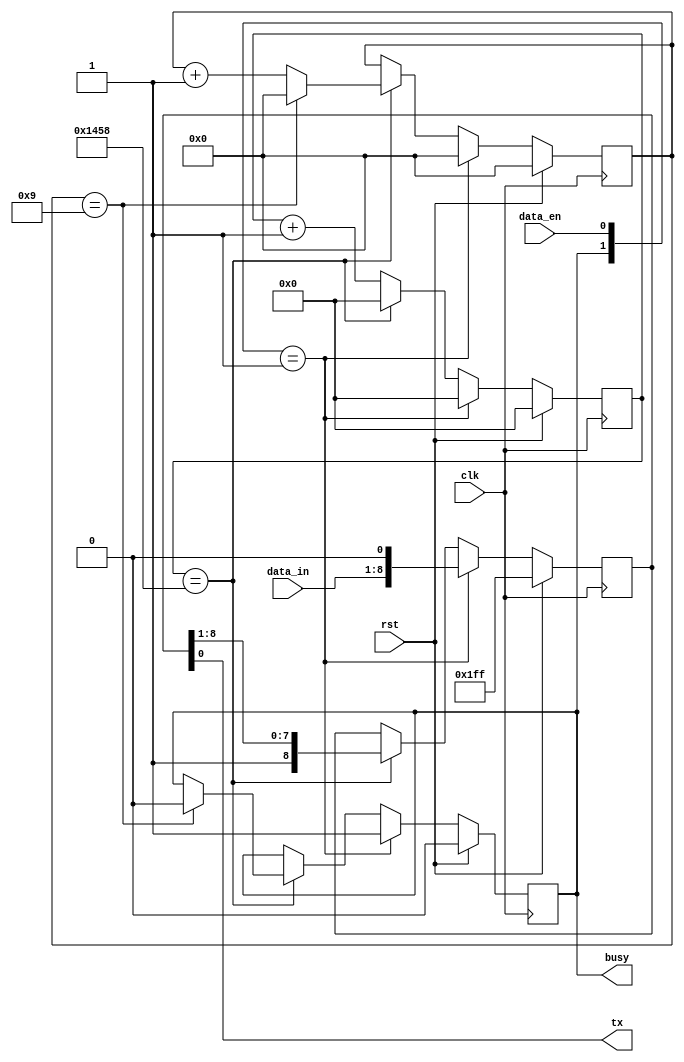
module uart_send(
    input clk,//50MHz
    input rst,//
    input [7:0] data_in,//8
	 input data_en,//
    output tx,//
	 output reg busy// 
);

parameter STOP = 1;
parameter DIV_NUM = 5208;//
parameter WIDTH = 13;//DIV_NUM

reg [8:0]sfg;//
reg [3:0]cnt;//
reg send_en;//
reg [WIDTH-1:0]send_cnt;//
//0,8ASCII1
initial begin
    busy <= 1'b0;
    cnt <= 4'd0;
    sfg = 9'b1_1111_1111;
	 send_en <= 1'b0;
	 send_cnt <= 1'b0;
end

always @(posedge clk)
begin
    if(rst)begin
        busy <= 1'b0;
        sfg = 9'b1_1111_1111;
        cnt <= 4'd0; 
		  send_en <= 1'b0;
		  send_cnt <= 1'b0;
    end else begin
        if({busy,data_en}==2'b01)begin
            sfg[8:0] <= {data_in[7:0],1'b0};//0busy
            busy <= 1'b1;
            cnt <= 4'd0; 
				send_cnt <= 1'b0;
        end else  if(send_cnt==DIV_NUM)begin
		  //send_cntDIV_NUM
		      send_cnt <= 1'b0;
            if(cnt == 4'd8+STOP)begin
				//cnt8STOP
                cnt <= 4'd0; 
                busy <= 1'b0;//
            end else begin
                cnt <= cnt + 4'd1;                
            end
            sfg[8:0] <= {1'b1,sfg[8:1]};//
		  end else begin
				send_cnt <= send_cnt + 1'b1;
        end
    end
end

assign tx = sfg[0];//

endmodule